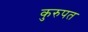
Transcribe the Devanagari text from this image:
कुरुपत